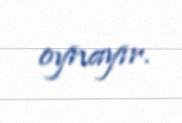
oynayır.